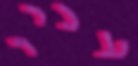
עניי